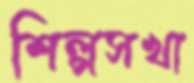
শিল্পসখা